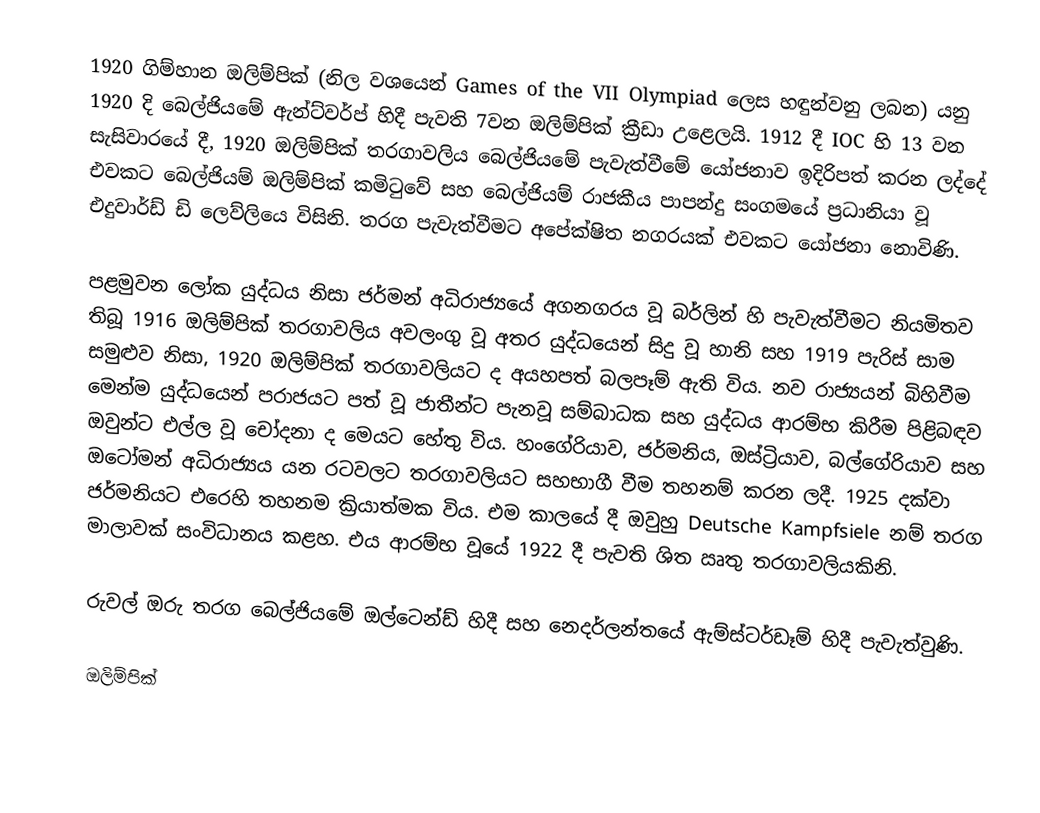
1920 ගිම්හාන ඔලිම්පික් (නිල වශයෙන් Games of the VII Olympiad ලෙස හඳුන්වනු ලබන) යනු 1920 දි බෙල්ජියමේ ඇන්ට්වර්ප් හිදී පැවති 7වන ඔලිම්පික් ක්‍රීඩා උළෙලයි.  1912 දී IOC හි 13 වන සැසිවාරයේ දී, 1920 ඔලිම්පික් තරගාවලිය බෙල්ජියමේ පැවැත්වීමේ යෝජනාව ඉදිරිපත් කරන ලද්දේ එවකට බෙල්ජියම් ඔලිම්පික් කමිටුවේ සහ බෙල්ජියම් රාජකීය පාපන්දු සංගමයේ ප්‍රධානියා වූ එදුවාර්ඩ් ඩි ලෙව්ලියෙ විසිනි. තරග පැවැත්වීමට අපේක්ෂිත නගරයක් එවකට යෝජනා නොවිණි.

පළමුවන ලෝක යුද්ධය නිසා ජර්මන් අධිරාජ්‍යයේ අගනගරය වූ බර්ලින් හි පැවැත්වීමට නියමිතව තිබූ 1916 ඔලිම්පික් තරගාවලිය අවලංගු වූ අතර යුද්ධයෙන් සිදු වූ හානි සහ 1919 පැරිස් සාම සමුළුව නිසා, 1920 ඔලිම්පික් තරගාවලියට ද අයහපත් බලපෑම් ඇති විය. නව රාජ්‍යයන් බිහිවීම මෙන්ම යුද්ධයෙන් පරාජයට පත් වූ ජාතීන්ට පැනවූ සම්බාධක සහ යුද්ධය ආරම්භ කිරීම පිළිබඳව ඔවුන්ට එල්ල වූ චෝදනා ද මෙයට හේතු විය. හංගේරියාව, ජර්මනිය, ඔස්ට්‍රියාව, බල්ගේරියාව සහ ඔටෝමන් අධිරාජ්‍යය යන රටවලට තරගාවලියට සහභාගී වීම තහනම් කරන ලදී. 1925 දක්වා ජර්මනියට එරෙහි තහනම ක්‍රියාත්මක විය. එම කාලයේ දී ඔවුහු Deutsche Kampfsiele නම් තරග මාලාවක් සංවිධානය කළහ. එය ආරම්භ වූයේ 1922 දී පැවති ශිත ඍතු තරගාවලියකිනි.

රුවල් ඔරු තරග බෙල්ජියමේ ඔල්ටෙන්ඩ් හිදී සහ නෙදර්ලන්තයේ ඇම්ස්ටර්ඩෑම් හිදී පැවැත්වුණි.

ඔලිම්පික්